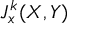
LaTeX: J _ { x } ^ { k } ( X , Y )